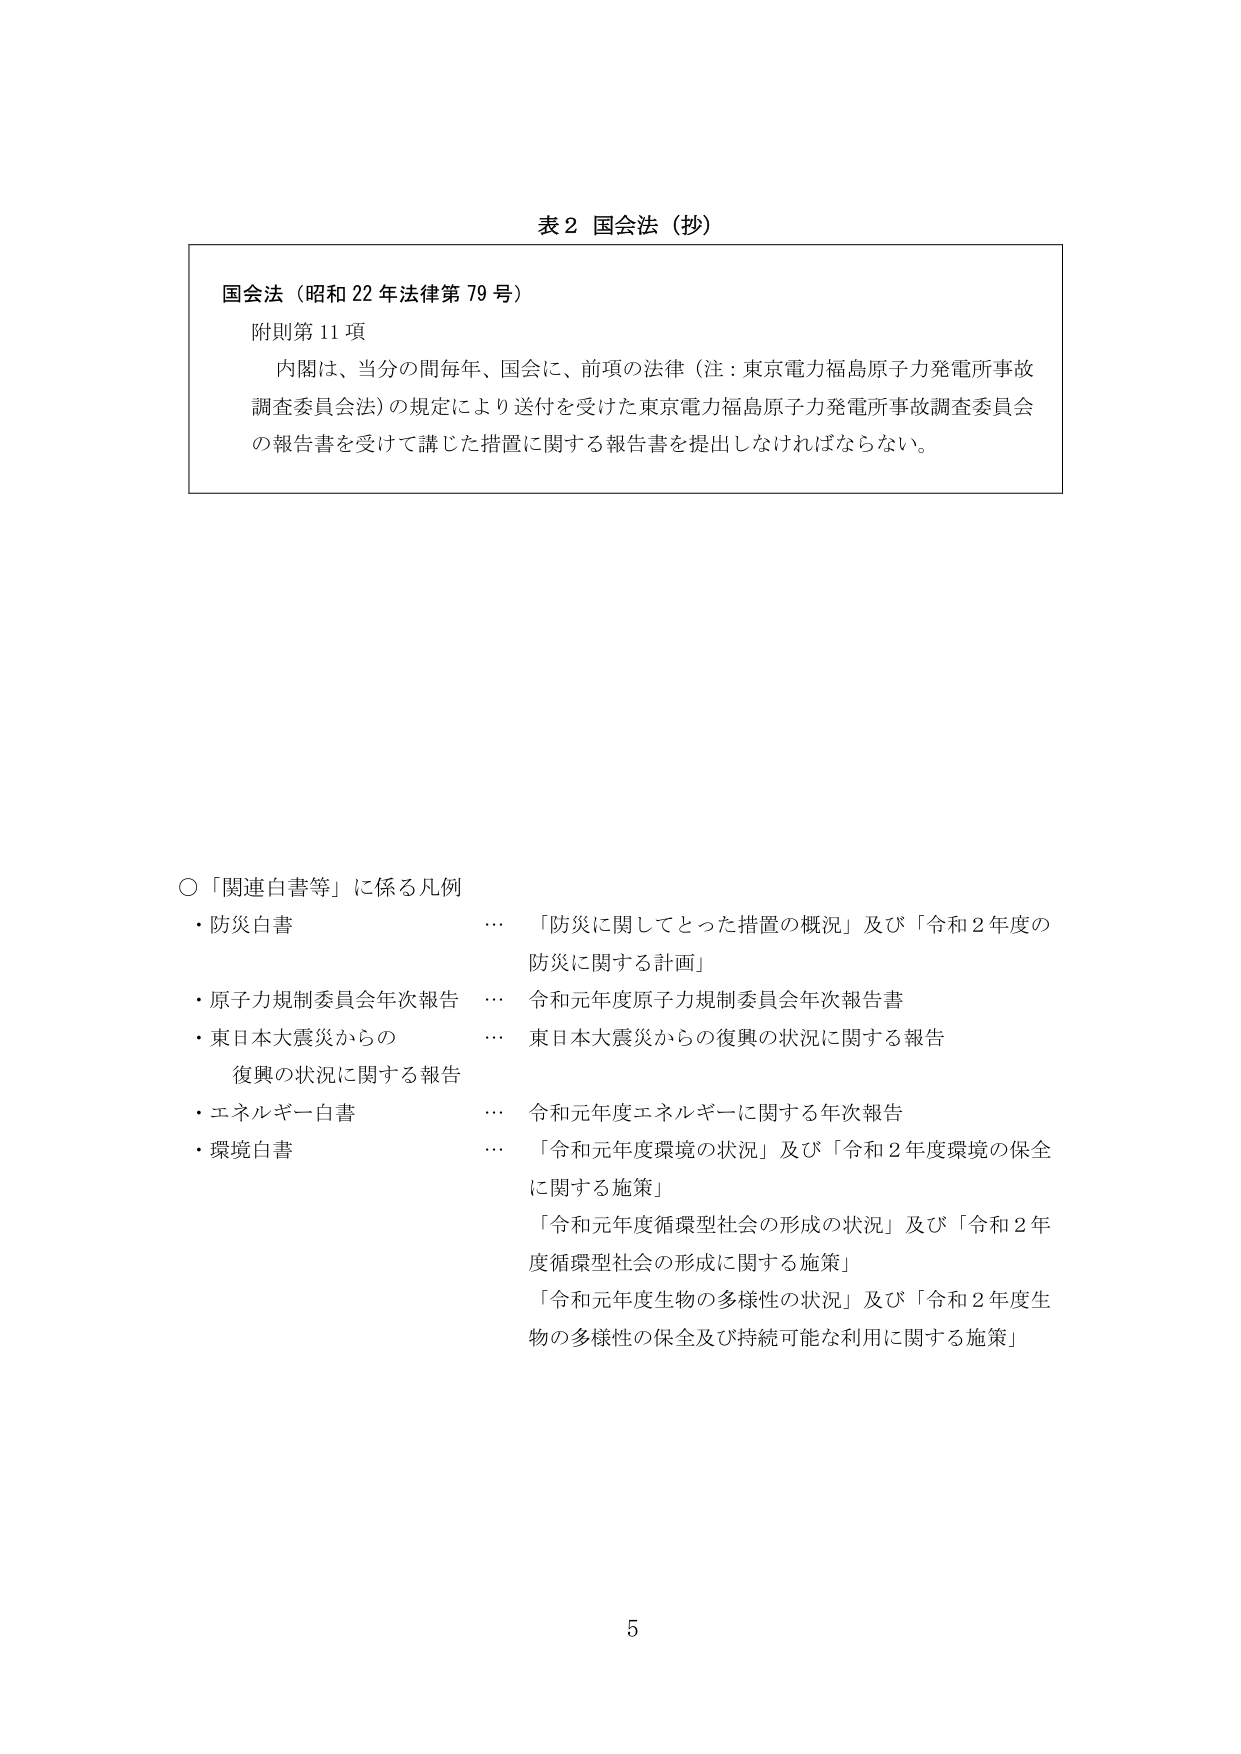
表２ 国会法（抄）

国会法（昭和22年法律第79号）
附則第11項
内閣は、当分の間毎年、国会に、前項の法律（注：東京電力福島原子力発電所事故調査委員会法）の規定により送付を受けた東京電力福島原子力発電所事故調査委員会の報告書を受けて講じた措置に関する報告書を提出しなければならない。

○「関連白書等」に係る凡例
・防災白書 … 「防災に関してとった措置の概況」及び「令和2年度の防災に関する計画」
・原子力規制委員会年次報告 … 令和元年度原子力規制委員会年次報告書
・東日本大震災からの復興の状況に関する報告 … 東日本大震災からの復興の状況に関する報告
・エネルギー白書 … 令和元年度エネルギーに関する年次報告
・環境白書 … 「令和元年度環境の状況」及び「令和2年度環境の保全に関する施策」
　　　　　　　　「令和元年度循環型社会の形成の状況」及び「令和2年度循環型社会の形成に関する施策」
　　　　　　　　「令和元年度生物の多様性の状況」及び「令和2年度生物の多様性の保全及び持続可能な利用に関する施策」

5